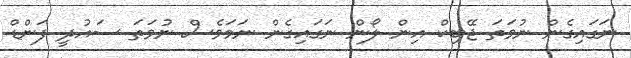
ނަގައިގެން ނުވަތަ ޖޭބިކް އިން ލޯން ނަގައިގެން ނަމަވެސް ނުވަތަ ސައުދީ ފަންޑް